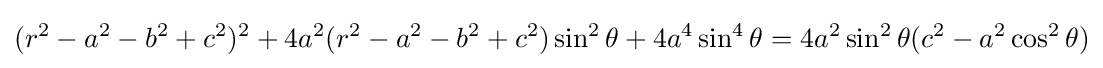
(r^{2}-a^{2}-b^{2}+c^{2})^{2}+4a^{2}(r^{2}-a^{2}-b^{2}+c^{2})\sin ^{2}\theta +4a^{4}\sin ^{4}\theta =4a^{2}\sin ^{2}\theta (c^{2}-a^{2}\cos ^{2}\theta )